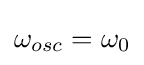
\omega _{osc}=\omega _{0}